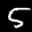
Label: 5